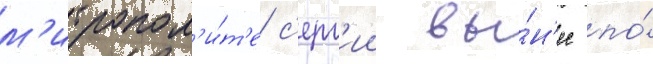
м'итропол'и́т'е с'ерг'ии вы́н'ес по́